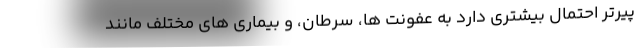
پیرتر احتمال بیشتری دارد به عفونت ها، سرطان، و بیماری های مختلف مانند